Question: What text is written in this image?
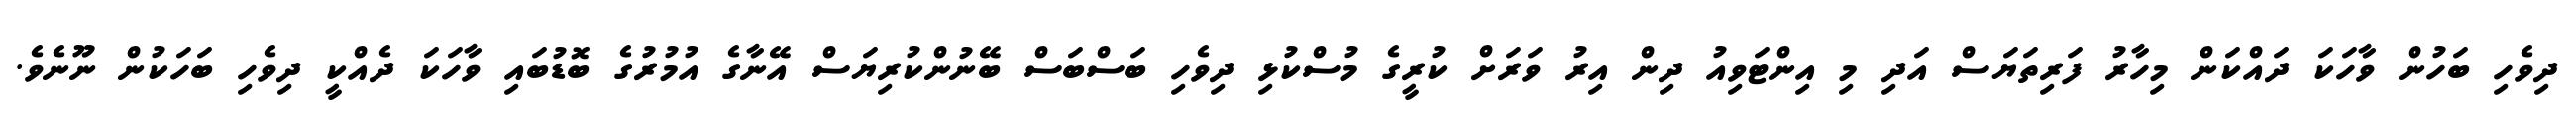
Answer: ދިވެހި ބަހުން ވާހަކަ ދައްކަން މިހާރު ފަރިތަޔަސް އަދި މި އިންޓަވިއު ދިން އިރު ވަރަށް ކުރީގެ މުސްކުޅި ދިވެހި ބަސްބަސް ބޭނުންކުރިޔަސް އޭނާގެ އުމުރުގެ ބޮޑުބައި ވާހަކަ ދެއްކީ ދިވެހި ބަހަކުން ނޫނެވެ.